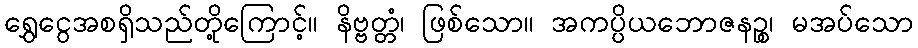
ရွှေငွေအစရှိသည်တို့ကြောင့်။ နိဗ္ဗတ္တံ၊ ဖြစ်သော။ အကပ္ပိယဘောဇနဉ္စ၊ မအပ်သော